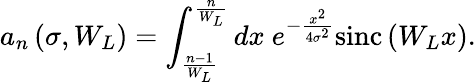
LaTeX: a_{n}\left(\sigma,W_{L}\right)=\int_{\frac{n-1}{W_{L}}}^{\frac{n}{W_{L}}}dx\ e^{-\frac{x^{2}}{4\sigma^{2}}}\mathrm{sinc}\left(W_{L}x\right).